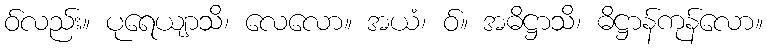
ဝ်လည်း။ ပုရေယျာသိ၊ လေလော။ အယံ၊ ဝ်။ အဓိဋ္ဌာသိ၊ ဓိဋ္ဌာန်ကုန်လော။